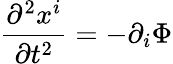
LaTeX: \frac{\partial^{2}x^{i}}{\partial t^{2}}=-\partial_{i}\Phi